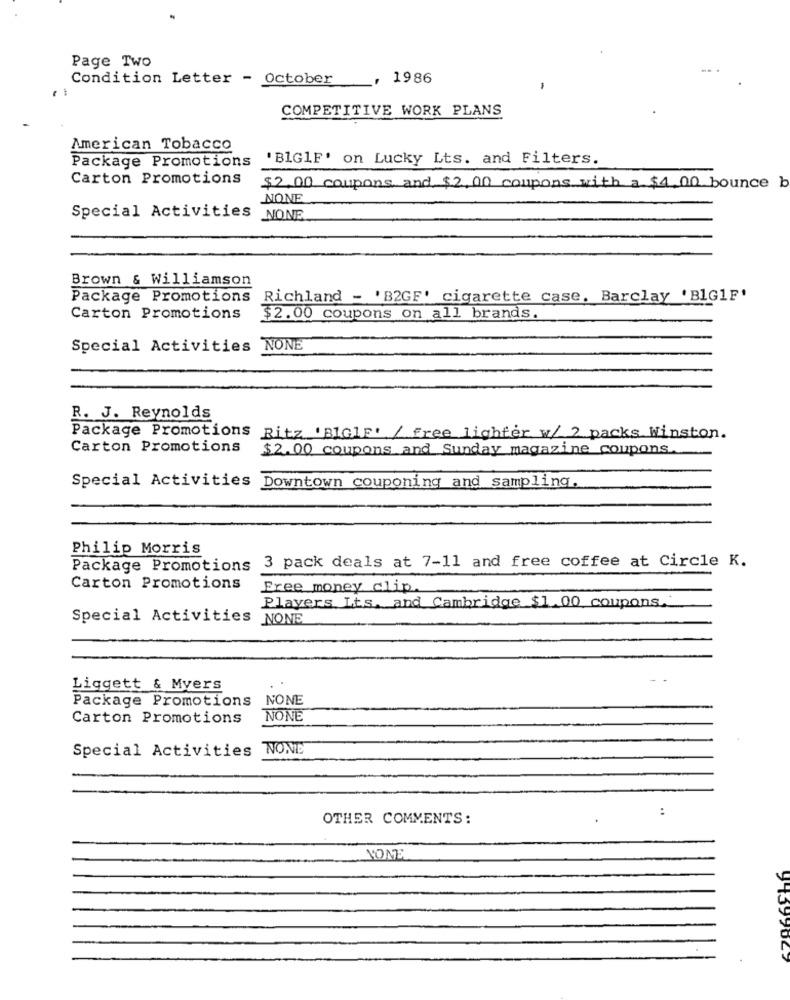
Page Two
Condition Letter - October
, 1986
-
COMPETITIVE WORK PLANS
American Tobacco
Package Promotions
'BIG1F' on Lucky Lts. and Filters.
Carton Promotions
$2,00 coupons and, $2, 00 coupons with a $4,00 bounce b
NONE
Special Activities NONE
Brown & Williamson
Package Promotions Richland - 'B2GF' cigarette case. Barclay 'BIG1F'
Carton Promotions
$2.00 coupons on all brands.
Special Activities NONE
R. J. Reynolds
Package Promotions Ritz 'BIGIF' / free lighter, w/ 2 packs Winston.
Carton Promotions
$2.00 coupons and Sunday magazine coupons.
Special Activities
Downtown couponing and sampling
Philip Morris
Package Promotions 3 pack deals at 7-11 and free coffee at Circle K.
Carton Promotions
Free money clip.
Players Lts. and Cambridge $1.00 coupons.
Special Activities NONE
Liggett & Mvers
Package Promotions
NONE
Carton Promotions
NONE
Special Activities NONE
:
OTHER COMMENTS:
NOME
97399027